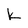
Character: k